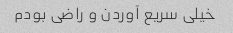
خیلی سریع آوردن و راضی بودم